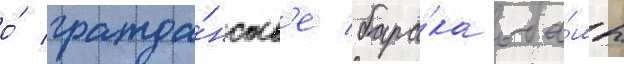
о́ гражда́нств'е бара́ка оба́мы